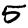
Digit: 5